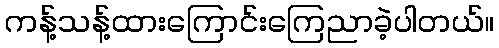
ကန့်သန့်ထားကြောင်းကြေညာခဲ့ပါတယ်။